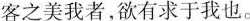
客之美我者，欲有求于我也。